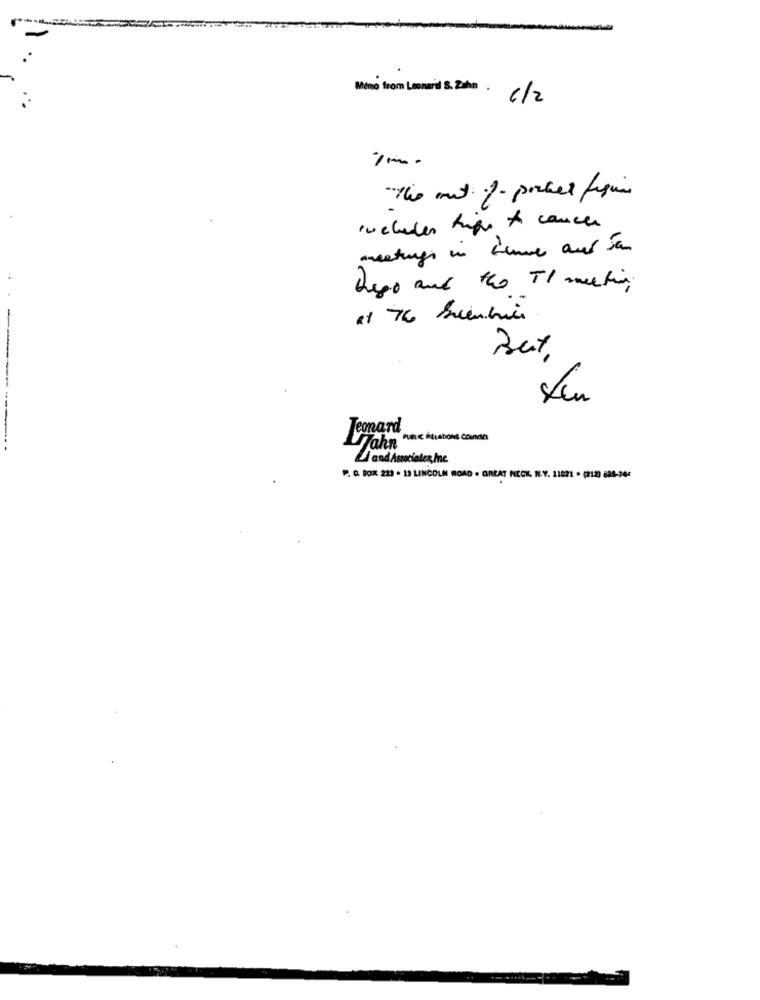
Meno from Leonaril S. Zahn. c/2
The met of poker figi
includes high to cancer
meeting in time out to
hago and the TI meeting
Leonard
Jahn "hc tuations Conda
4 and Associates Inc.
P. O. BOX 223 . 13 LINCOLN ROAD . GREAT NECK, HE.Y. 11021 · (212) 625-204